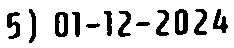
5) 01-12-2024